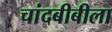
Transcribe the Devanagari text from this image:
चांदबीबीला